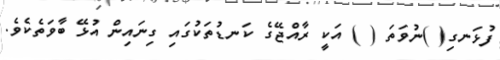
ފުޅަނގި( )ނުވަތަ ( ) އަކީ ރާއްޖޭގެ ކަނޑުތަކުގައި ގިނައިން އުޅޭ ބާވަތެކެވެ.